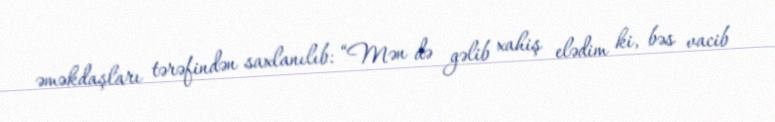
əməkdaşları tərəfindən saxlanılıb: “Mən də gəlib xahiş elədim ki, bəs vacib